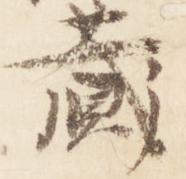
蔵